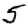
Digit: 5